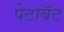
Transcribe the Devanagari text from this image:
पेटावॅट